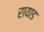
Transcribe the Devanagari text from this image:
रायाड